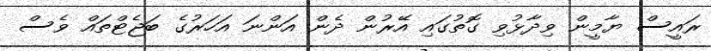
ރައީސް ޔާމީން ވިދާޅުވި ގޮތުގައި އޭރުން ދެން އަންނަ އަހަރުގެ ބަޖެޓްތައް ވެސް